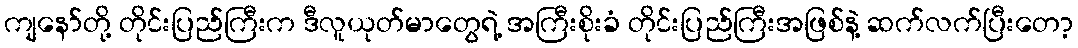
ကျနော်တို့ တိုင်းပြည်ကြီးက ဒီလူယုတ်မာတွေရဲ့ အကြီးစိုးခံ တိုင်းပြည်ကြီးအဖြစ်နဲ့ ဆက်လက်ပြီးတော့